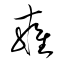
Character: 雍